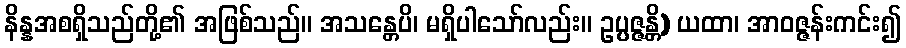
နိန္နအစရှိသည်တို့၏ အဖြစ်သည်။ အသန္တေပိ၊ မရှိပါသော်လည်း။ ဥပ္ပဇ္ဇန္တိ) ယထာ၊ အာဝဇ္ဇန်းကင်း၍